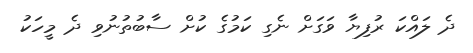
ދެ ލައްކަ ރުފިޔާ ވަގަށް ނެގި ކަމުގެ ކުށް ސާބުތުނުވި ދެ މީހަކު